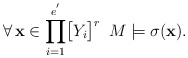
\begin{align*}\forall\,\mathbf{x}\in\displaystyle{\prod_{i=1}^{e^{'}}}\big{[}Y_{i}\big{]}^{r}\,\,\,M\models\sigma(\mathbf{x}).\end{align*}